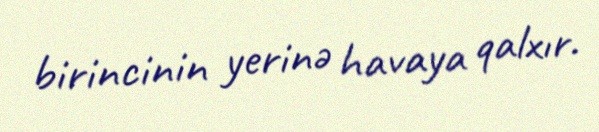
birincinin yerinə havaya qalxır.